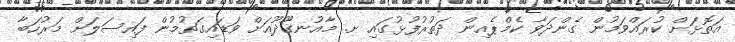
އަތޮޅަށް ކުރައްވަމުން ގެންދަވާ ކެމްޕެއިން ދަތުރުފުޅުގައި ށ. މާއުނގޫދޫއަށް ވަޑައިގަތުމުން ފައިސަލަށް މަރުހަބާ